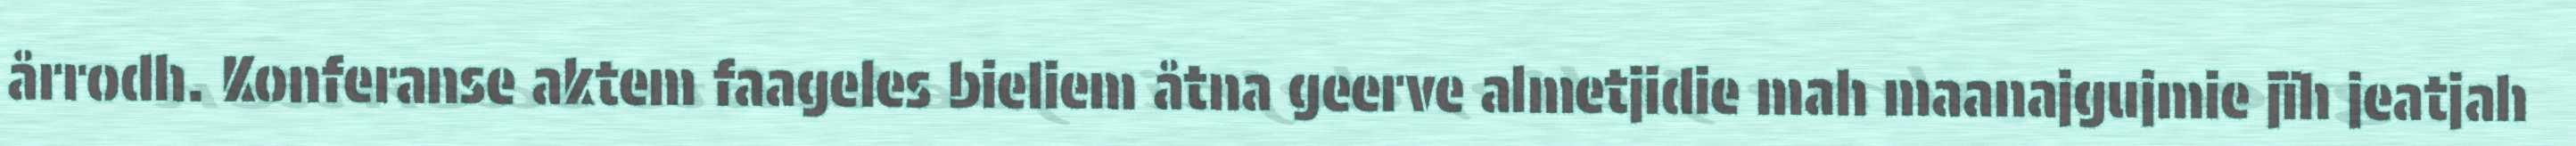
årrodh. Konferanse aktem faageles bieliem åtna geerve almetjidie mah maanajgujmie jïh jeatjah